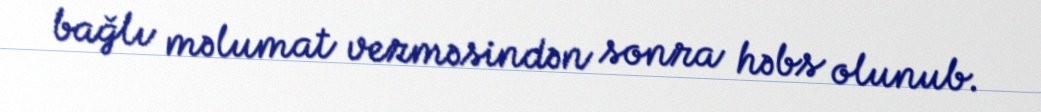
bağlı məlumat verməsindən sonra həbs olunub.